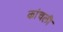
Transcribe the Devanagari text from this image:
कांचली